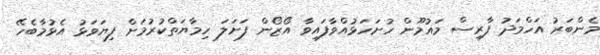
މެންބަރު އަހްމަދު ފާރިސް މައުމޫން ހުށަހަޅުއްވާފައިވާ އޯޒޯން ފަށަލަ ހިމާޔަތްކުރުމަށް ފިޔަވަޅު އެޅުމާބެހޭ